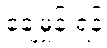
ချေမှုန်းရန်